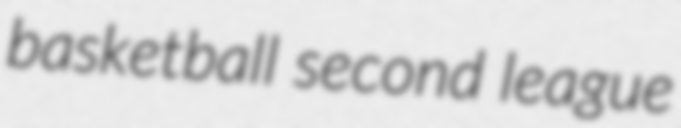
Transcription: basketball second league